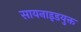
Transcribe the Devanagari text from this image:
सायनाइडयुक्त